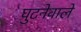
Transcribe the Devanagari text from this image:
घुटनेवाले